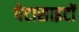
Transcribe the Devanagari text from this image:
पेटासाइटों